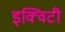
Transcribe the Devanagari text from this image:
इक्‍विटी